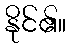
နိုင်၏။